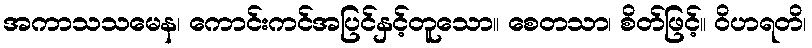
အကာသသမေန၊ ကောင်းကင်အပြင်နှင့်တူသော။ စေတသာ၊ စိတ်ဖြင့်။ ဝိဟရတိ၊